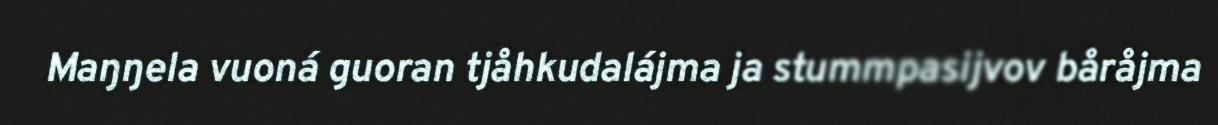
Maŋŋela vuoná guoran tjåhkudalájma ja stummpasijvov båråjma